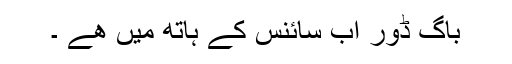
باگ ڈور اب سائنس کے ہاتھ میں ھے ۔